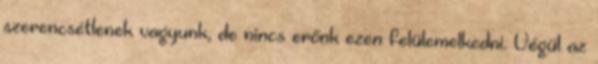
szerencsétlenek vagyunk, de nincs erőnk ezen felülemelkedni. Végül az